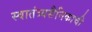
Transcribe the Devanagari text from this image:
स्वातंत्र्यसैनिकाची